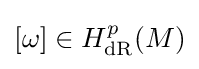
[\omega ]\in H_{\mathrm {dR} }^{p}(M)